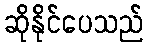
ဆိုနိုင်ပေသည်